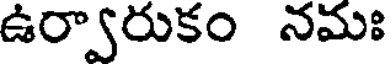
ఉర్వారుకం నమః